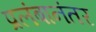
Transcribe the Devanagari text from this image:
प्रलंबानंतर